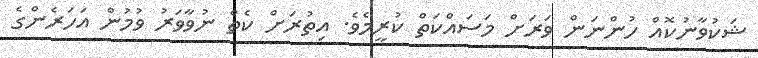
ޝަކުވާނުކޮއް ހުންނަން ވަރަށް މަސައްކަތް ކުރީމެވެ. އިތުރަށް ކެތް ނުވާވަރު ވުމުން އަހަރެންގެ